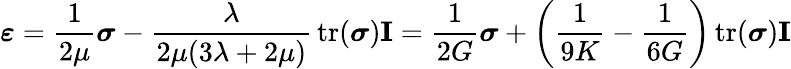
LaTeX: {\boldsymbol{\varepsilon}}={\frac{1}{2\mu}}{\boldsymbol{\sigma}}-{\frac{\lambda}{2\mu(3\lambda+2\mu)}}\operatorname{tr}({\boldsymbol{\sigma}})\mathbf{I}={\frac{1}{2G}}{\boldsymbol{\sigma}}+\left({\frac{1}{9K}}-{\frac{1}{6G}}\right)\operatorname{tr}({\boldsymbol{\sigma}})\mathbf{I}